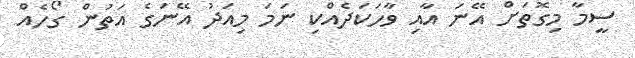
ސީމާ މިގޮތަށް އޭނަ އާއި ވާހަކަދެއްކި ނަމަ މިއަދު އޭނަގެ އަތުން ގޯހެއް